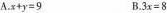
A. $$x + y = 9$$ B. $$3 x = 8$$